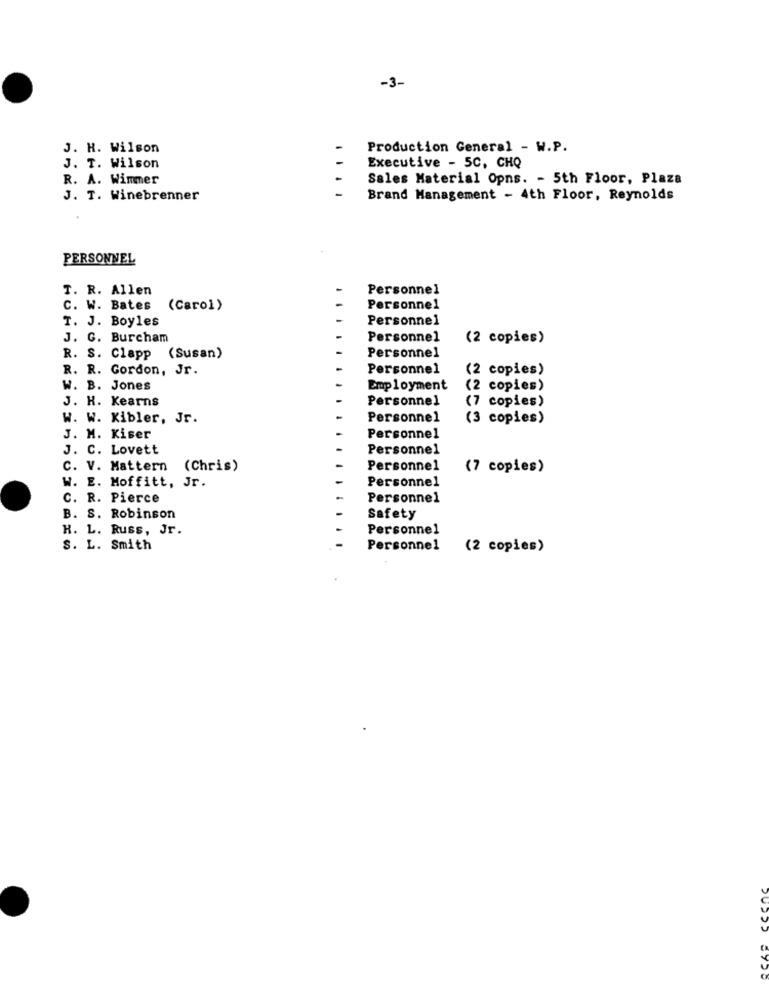
-3-
J. H. Wilson
Production General - W.P.
J. T. Wilson
Executive - 5C, CHQ
R. A. Wimmer
Sales Material Opns. - 5th Floor, Plaza
J. T. Winebrenner
Brand Management - 4th Floor, Reynolds
PERSONNEL
T. R. Allen
Personnel
C. W. Bates (Carol)
Personne1
T. J. Boyles
Personnel
J. G. Burcham
Personnel
(2 copies)
R. S. Clapp (Susan)
Personnel
R. R. Gordon, Jr.
Personnel
(2 copies)
w. B. Jones
Employment
(2 copies)
J. H. Kearns
Personnel
(7 copies)
W. W. Kibler, Jr.
Personnel
copies)
J. M. Kiser
Personnel
J. C. Lovett
Personnel
C. V. Mattern (Chris)
Personnel
(7 copies)
W. E. Moffitt, Jr.
Personnel
C. R. Pierce
Personnel
B. S. Robinson
Safety
H. L. Russ, Jr.
Personnel
S. L. Smith
Personnel
(2 copies)